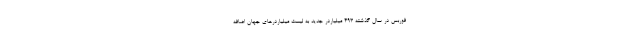
فوربس در سال گذشته 493 میلیاردر جدید به لیست میلیاردرهای جهان اضافه